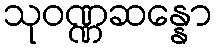
သုဝဏ္ဏဆန္နော